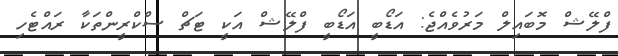
ފްލޭޝް މޮބައިލް މަރުވެއްޖެ: އަޑޯބީ އަޑޯބީ ފްލޭޝް އަކީ ޓަޗް ސްކްރީންތަކާ ރައްޓެހި